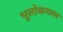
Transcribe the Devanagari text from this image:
भूलोकमल्ल